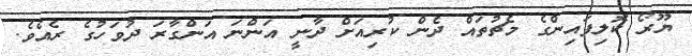
ޔޫރޯ ކޮލިފައިންގެ މެޗުތައް ދެން ކުރިއަށް ދާނީ އަންނަ އަންގާރަ ދުވަހުގެ ރެއެވެ.